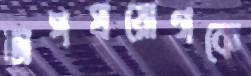
অপপ্রয়োগকে